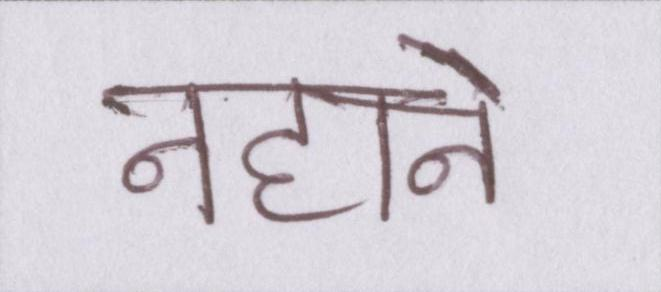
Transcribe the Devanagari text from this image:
नहाने